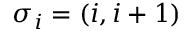
\sigma _ { i } = ( i , i + 1 )